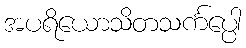
အပရိယောသိတသင်္ကပ္ပေါ